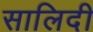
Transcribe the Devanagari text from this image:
सालिदी